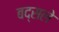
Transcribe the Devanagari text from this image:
बद्सले